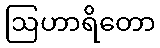
ဩဟာရိတော